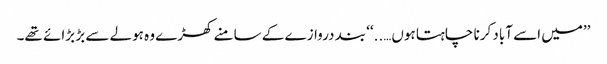
’’میں اسے آباد کرنا چاہتا ہوں…..‘‘ بند دروازے کے سامنے کھڑے وہ ہولے سے بڑ بڑائے تھے۔